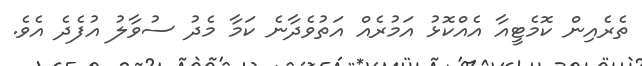
ތެރެއިން ކޮމެޓީއާ އެއްކޮޅު އަމުރެއް އަތުވެދާނެ ކަމާ މެދު ސުވާލު އުފެދެ އެވެ.